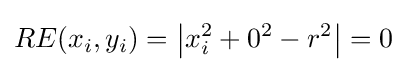
RE(x_{i},y_{i})=\left\vert x_{i}^{2}+0^{2}-r^{2}\right\vert =0